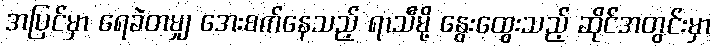
အပြင်မှာ ရေခဲတမျှ အေးစက်နေသည့် ရာသီမို့ နွေးထွေးသည့် ဆိုင်အတွင်းမှာ